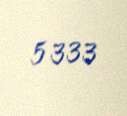
5 333